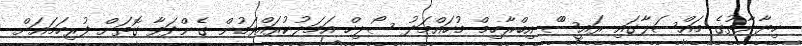
ހިޔާނާތުގެ މައްސަލާގައި ރައީސްް އިބްރާހިމް މުހައްމަދު ސޯލިހް އަމަލުކުރައްވަމުން ގެންދަވާ ގޮތަށް ފުރިހަމައަށް